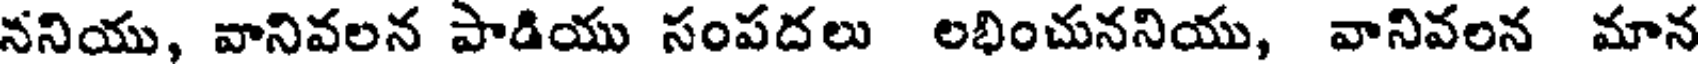
ననియు, వానివలన పాడియు సంపదలు లభించుననియు, వానివలన మాన